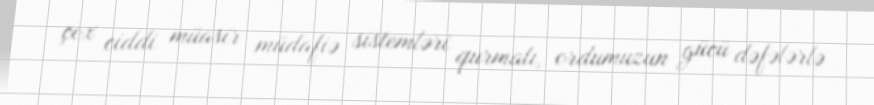
çox ciddi müasir müdafiə sistemləri qurmalı, ordumuzun gücü dəfələrlə